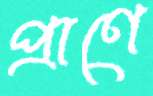
প্রাণে